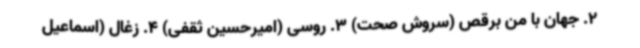
2. جهان با من برقص (سروش صحت) 3. روسی (امیرحسین ثقفی) 4. زغال (اسماعیل